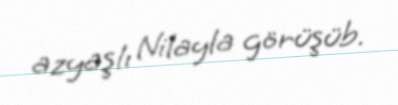
azyaşlı Nilayla görüşüb.